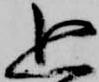
追